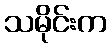
သမိုင်းက